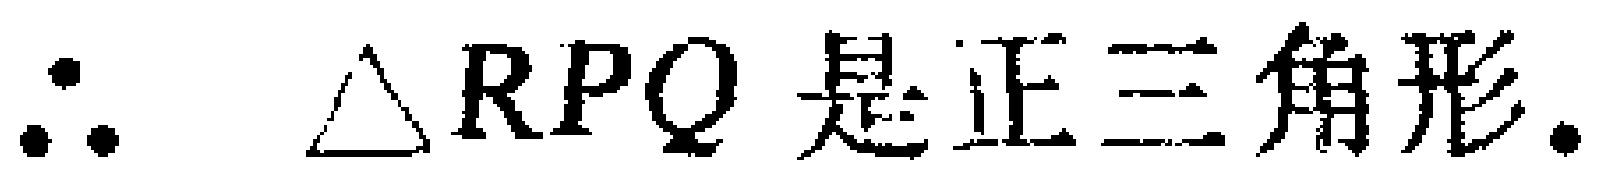
\(\therefore \triangle RPQ \text{ 是正三角形.}\)